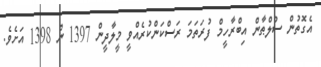
އެގޮތުން ސުލްޠާން އިބްރާހީމް ފުރަތަމަ ރަސްކަންކުރެއްވީ މީލާދީން 1397 ން 1398 އަށެވެ.